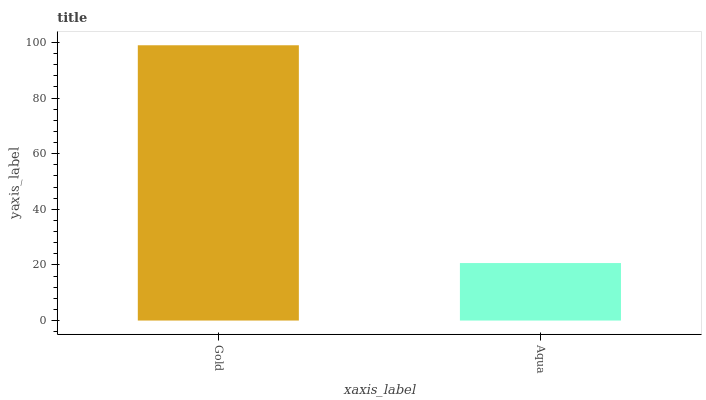
| xaxis_label | bars |
 | --- | --- |
 | Gold | 99 |
 | Aqua | 20.7 |